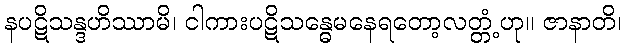
နပဋိသန္ဒဟိဿာမိ၊ ငါကားပဋိသန္ဓေမနေရတော့လတ္တံ့ဟု။ ဇာနာတိ၊